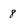
Character: 8